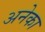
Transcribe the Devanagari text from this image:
अनेका